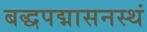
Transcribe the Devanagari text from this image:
बद्धपद्मासनस्थं